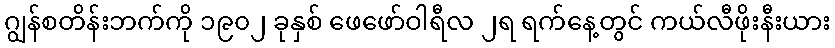
ဂျွန်စတိန်းဘက်ကို ၁၉၀၂ ခုနှစ် ဖေဖော်ဝါရီလ ၂ရ ရက်နေ့တွင် ကယ်လီဖိုးနီးယား